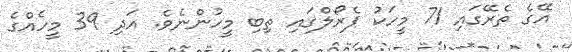
އޭގެ ތެރޭގައި 71 މީހަކު ޕެރޯލްގައި ތިބި މީހުންނެވެ. އަދި 39 މީހެއްގެ